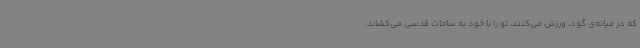
که در میانه‌ی گود، ورزش می‌کنند، تو را با خود به ساحات قدسی می‌کشاند.